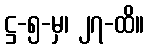
ဋ္ဌ-၅-မှ၊ ၂၇-ထိ။